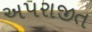
અપરાજીત